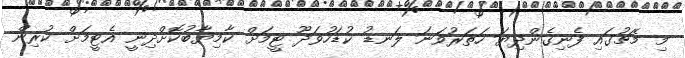
މި މެޗުގައި ފެނިގެންދިޔަ ހަތަރުވަނަ ލަނޑު ކުޑަހުވަދޫ ޓީމަށް ކާމިޔާބުކޮށްދިނީ އެޓީމަށް ކުރިން